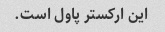
این ارکستر پاول است.